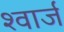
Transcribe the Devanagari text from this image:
श्वार्ज